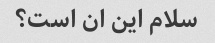
سلام این ان است؟